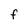
Character: F